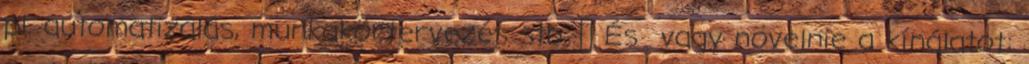
pl. automatizálás, munkakörtervezés stb. ◦ És vagy növelnie a kínálatot: